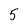
Character: 5